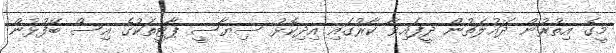
މީގެ އިތުރުން ދައުލަތުން ދީފައިވާ ކާރުގައި އިދިކޮޅު ސިޔާސީ ޕާޓީތަކުގެ އިސް ބޭފުޅުން